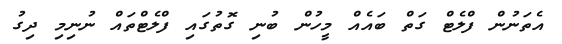
އެތަނުން ފްލެޓް ގަތް ބައެއް މީހުން ބުނި ގޮތުގައި ފްލެޓްތައް ނުނިމި ދިގު